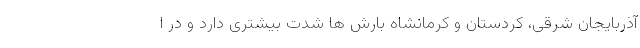
آذربایجان شرقی، کردستان و کرمانشاه بارش ها شدت بیشتری دارد و در ا